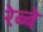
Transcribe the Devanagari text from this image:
रेब्बे